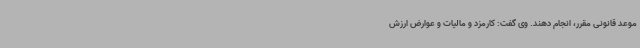
موعد قانونی مقرر، انجام دهند. وی گفت: کارمزد و مالیات و عوارض ارزش